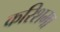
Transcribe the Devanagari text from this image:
करिशमा